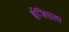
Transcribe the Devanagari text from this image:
ईजिप्तला